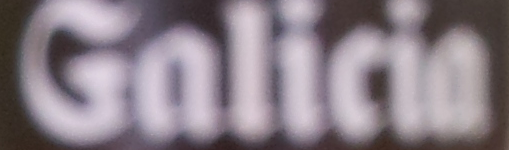
Galicia